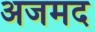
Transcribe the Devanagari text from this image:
अजमद